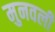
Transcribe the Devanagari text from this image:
मुनवली